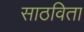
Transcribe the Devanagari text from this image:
साठविता